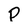
Character: p